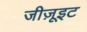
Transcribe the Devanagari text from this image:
जीज़ूइट